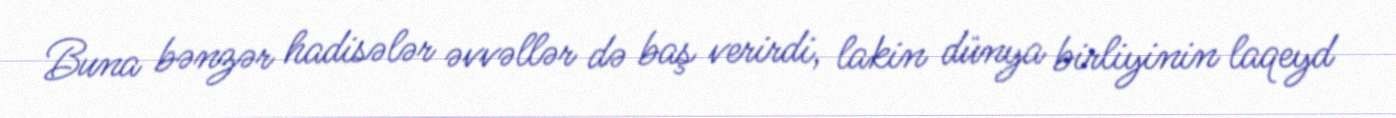
Buna bənzər hadisələr əvvəllər də baş verirdi, lakin dünya birliyinin laqeyd